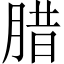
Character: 腊